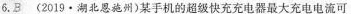
6.B(2019·湖北恩施州)某手机的超级快充充电器最大充电电流可